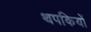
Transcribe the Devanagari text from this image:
थपकियों